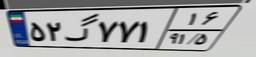
۵۲گ۷۷۱۱۶